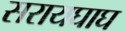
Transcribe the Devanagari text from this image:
सरायघाघ